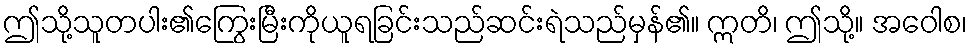
ဤသို့သူတပါး၏ကြွေးမြီးကိုယူရခြင်းသည်ဆင်းရဲသည်မှန်၏။ ဣတိ၊ ဤသို့။ အဝေါစ၊